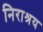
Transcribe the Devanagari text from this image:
निराश्रय